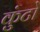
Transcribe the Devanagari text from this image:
कुंटो